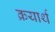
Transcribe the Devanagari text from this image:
क्रयार्थ